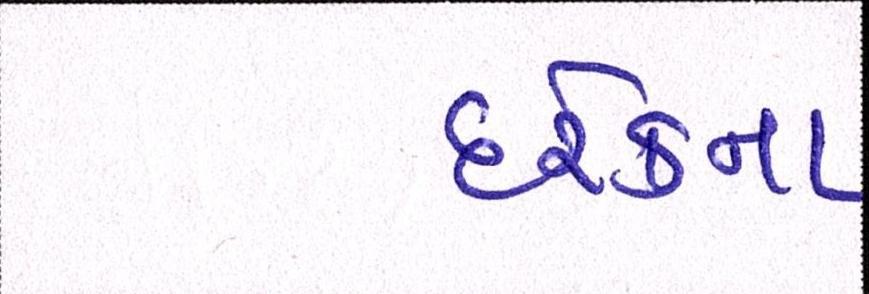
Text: દરેકના